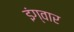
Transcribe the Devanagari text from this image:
इंग्वार